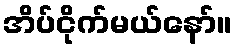
အိပ်ငိုက်မယ်နော်။